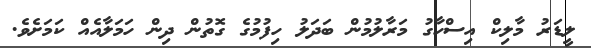
ލީޑަރު މާލިކް އިސްހާގު މަރާލުމުން ބަދަލު ހިފުމުގެ ގޮތުން ދިން ހަމަލާއެއް ކަމަށެވެ.